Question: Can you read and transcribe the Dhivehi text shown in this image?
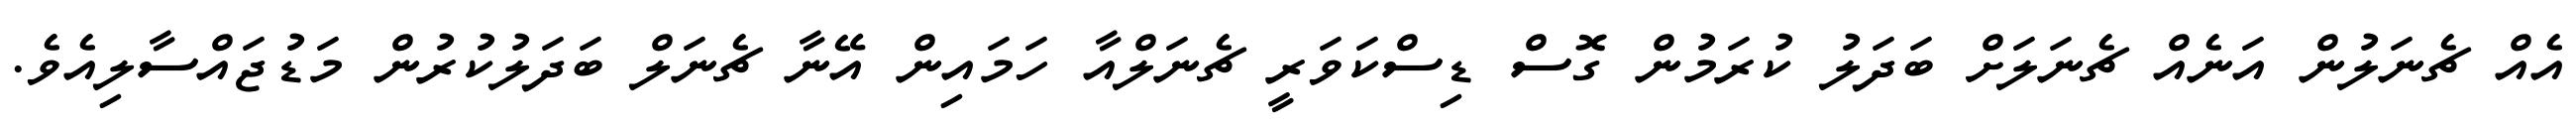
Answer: އެއް ޗެނަލުން އަނެއް ޗެނަލަށް ބަދަލު ކުރަމުން ގޮސް ޑިސްކަވަރީ ޗެނަލްއާ ހަމައިން އޭނާ ޗެނަލް ބަދަލުކުރުން މަޑުޖައްސާލިއެވެ.